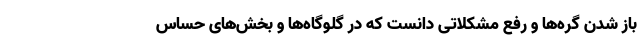
باز شدن گره‌ها و رفع مشکلاتی دانست که در گلوگاه‌ها و بخش‌های حساس